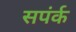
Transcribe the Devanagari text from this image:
सपंर्क